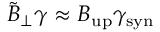
\tilde { B } _ { \perp } \gamma \approx B _ { \mathrm { u p } } \gamma _ { \mathrm { s y n } }